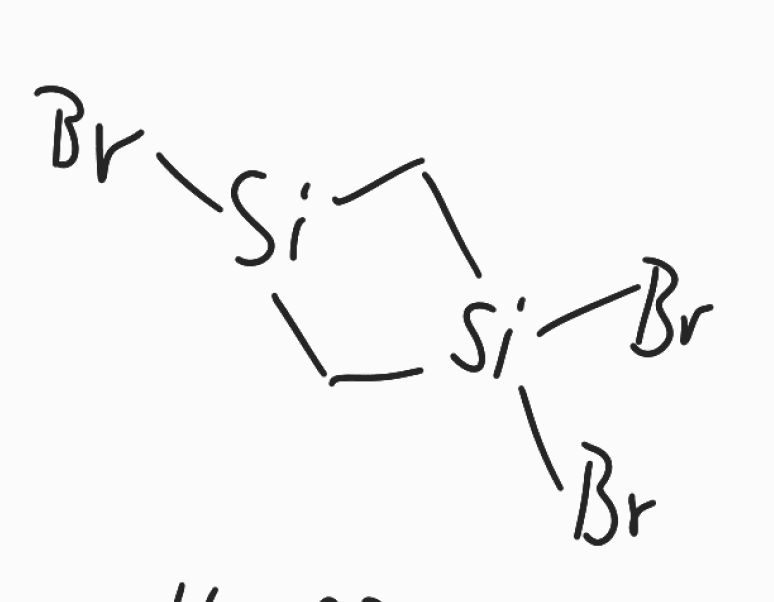
Simplified molecular-input line-entry system (SMILES) notation of the given molecule:
C1[Si](C[Si]1(Br)Br)Br